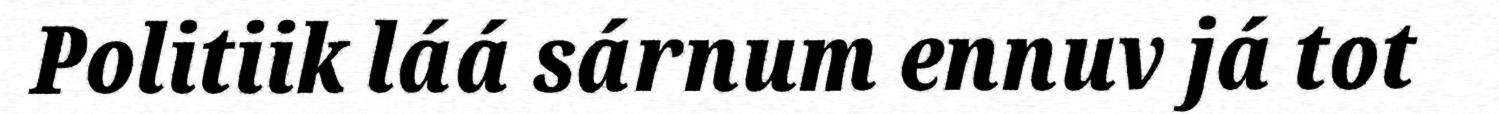
Politiik láá sárnum ennuv já tot